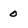
Character: 0